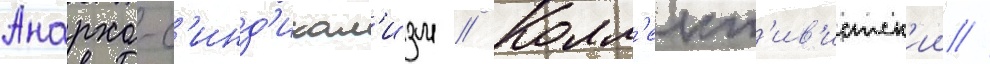
Анархо-с'инд'икал'изм // Колл'ект'ив'истск'ии //